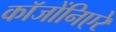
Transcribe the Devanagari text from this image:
कॉजोंनिएरे